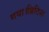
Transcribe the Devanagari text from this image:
गया।ब्रिटिश